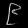
Digit: ၉